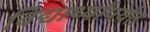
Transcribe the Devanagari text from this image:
विद्यार्थ्यांपर्यंत